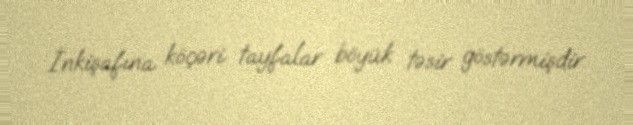
İnkişafına köçəri tayfalar böyük təsir göstərmişdir.